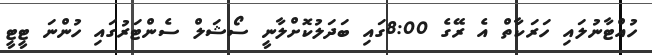
ހުއްޓާނުލައި ހަރަކާތް އެ ރޭގެ 8:00ގައި ބަދަލުކޮށްލާނީ ސޯޝަލް ސެންޓަރުގައި ހުންނަ ޓީޓީ